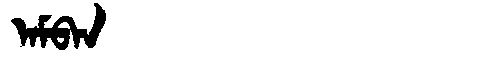
Manchu: ᠠᠮᠪᠠᠨ
Romanization: AMBAN